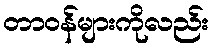
တာဝန်များကိုလည်း